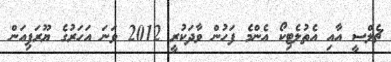
ޗެލްސީ އާއި އެތުލެޓިކޯ އެންމެ ފަހުން ވާދަކުރީ 2012 ވަނަ އަހަރުގެ ޔޫރަޕިއަން